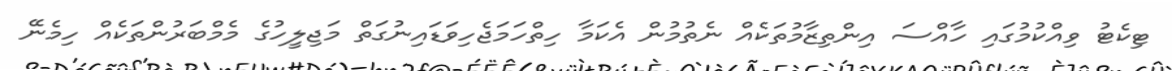
ޓިކެޓު ވިއްކުމުގައި ހާއްސަ އިންތިޒާމުތަކެއް ނެތުމުން އެކަމާ ހިތްހަމަޖެހިވަޑައިނުގަތް މަޖިލީހުގެ މެމްބަރުންތަކެއް ހިމެނޭ